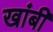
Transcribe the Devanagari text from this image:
खांबी